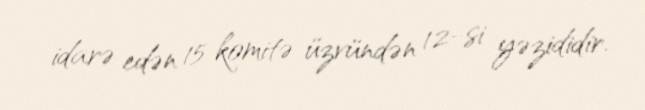
idarə edən 15 komitə üzvündən 12-si yəzididir.